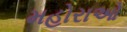
મહોરાઓ